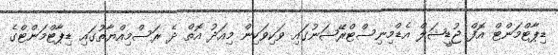
ޑިޕާޓްމަންޓް އޮފް ޖުޑީޝަލް އެޑްމިނިސްޓްރޭޝަނުގައި ވަކިވަކިން މިއަދު އޮތް ދެ ރަސްމިއްޔާތުގައި ޑިޕާޓްމަންޓްގެ